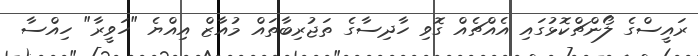
ރައީސްގެ ލޯންޗްކޮޅުގައި އެއްޗެއް ގޮވި ހާދިސާގެ ތަޖުރިބާތައް މުއާޒް އިއްޔެ "ހަވީރާ" ހިއްސާ